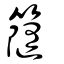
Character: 𥶻